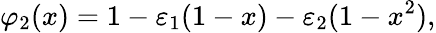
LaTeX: \varphi_{2}(x)=1-\varepsilon_{1}(1-x)-\varepsilon_{2}(1-x^{2}),